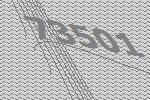
73501